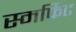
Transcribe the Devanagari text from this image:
स्मर्फिट